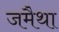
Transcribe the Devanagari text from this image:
जमैथा